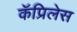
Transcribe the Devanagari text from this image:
कॅप्रिलेस